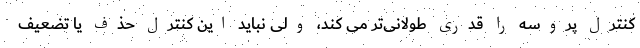
کنترل پروسه را قدری طولانی‌تر می کند، ولی نباید این کنترل حذف یا تضعیف